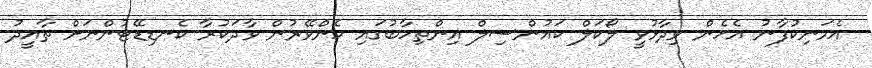
އެމަނިކުފާނު އެހެން ވިދާޅުވީ ލޯކަލް ކައުންސިލް އިންތިހާބުގައި ހެންވޭރުން ވާދަކުރާ ކެނޑިޑޭޓުންނަށް ތާއީދު